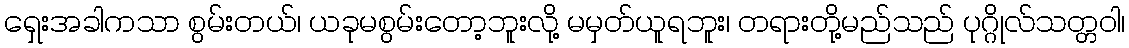
ရှေးအခါကသာ စွမ်းတယ်၊ ယခုမစွမ်းတော့ဘူးလို့ မမှတ်ယူရဘူး၊ တရားတို့မည်သည် ပုဂ္ဂိုလ်သတ္တဝါ၊